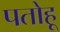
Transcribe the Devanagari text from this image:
पतोहू